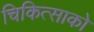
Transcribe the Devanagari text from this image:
चिकित्‍साको